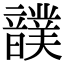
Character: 𩑀